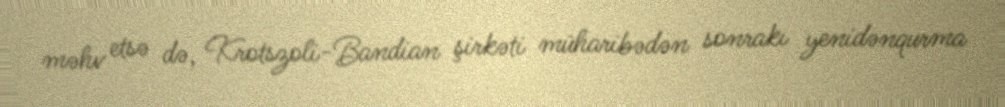
məhv etsə də, Krotszoli-Bandian şirkəti müharibədən sonrakı yenidənqurma